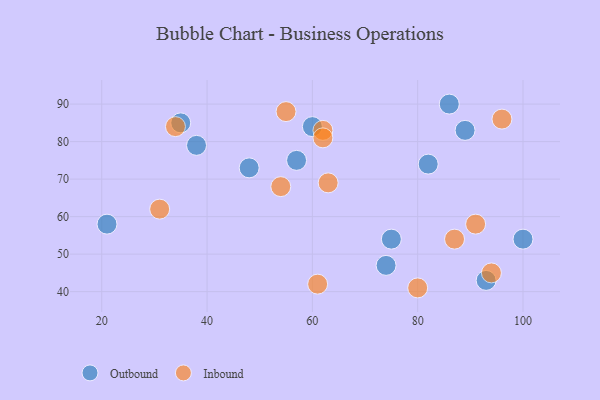
{"axis": {"x": "GDP", "y": "Life Expectancy"}, "legend": ["Inbound", "Outbound"], "data": [{"x": "38", "y": 79, "type": "Outbound"}, {"x": "48", "y": 73, "type": "Outbound"}, {"x": "57", "y": 75, "type": "Outbound"}, {"x": "35", "y": 85, "type": "Outbound"}, {"x": "75", "y": 54, "type": "Outbound"}, {"x": "89", "y": 83, "type": "Outbound"}, {"x": "74", "y": 47, "type": "Outbound"}, {"x": "21", "y": 58, "type": "Outbound"}, {"x": "82", "y": 74, "type": "Outbound"}, {"x": "86", "y": 90, "type": "Outbound"}, {"x": "100", "y": 54, "type": "Outbound"}, {"x": "60", "y": 84, "type": "Outbound"}, {"x": "93", "y": 43, "type": "Outbound"}, {"x": "87", "y": 54, "type": "Inbound"}, {"x": "91", "y": 58, "type": "Inbound"}, {"x": "34", "y": 84, "type": "Inbound"}, {"x": "55", "y": 88, "type": "Inbound"}, {"x": "62", "y": 83, "type": "Inbound"}, {"x": "62", "y": 81, "type": "Inbound"}, {"x": "80", "y": 41, "type": "Inbound"}, {"x": "63", "y": 69, "type": "Inbound"}, {"x": "94", "y": 45, "type": "Inbound"}, {"x": "61", "y": 42, "type": "Inbound"}, {"x": "96", "y": 86, "type": "Inbound"}, {"x": "31", "y": 62, "type": "Inbound"}, {"x": "54", "y": 68, "type": "Inbound"}]}